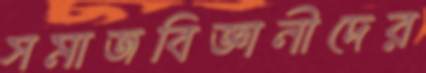
সমাজবিজ্ঞানীদের